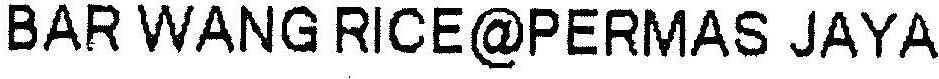
BAR WANG RICE@PERMAS JAYA